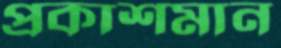
প্রকাশমান